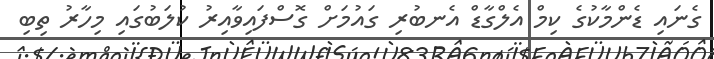
ގެނައި ޑެންމާކުގެ ކިމް އެލްގާޑް އެނބުރި ގައުމަށް ގޮސްފައިވާއިރު ކުލަބުގައި މިހާރު ތިބި